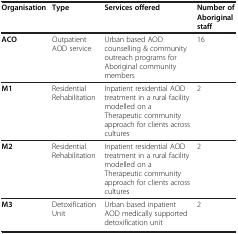
<table><thead><tr><td><b>Organisation</b></td><td><b>Type</b></td><td><b>Services offered</b></td><td><b>Number of Aboriginal staff</b></td></tr></thead><tbody><tr><td><b>ACO</b></td><td>Outpatient AOD service</td><td>Urban based AOD counselling &amp; community outreach programs for Aboriginal community members</td><td>16</td></tr><tr><td><b>M1</b></td><td>Residential Rehabilitation</td><td>Inpatient residential AOD treatment in a rural facility modelled on a Therapeutic community approach for clients across cultures</td><td>2</td></tr><tr><td><b>M2</b></td><td>Residential Rehabilitation</td><td>Inpatient residential AOD treatment in a rural facility modelled on a Therapeutic community approach for clients across cultures</td><td>2</td></tr><tr><td><b>M3</b></td><td>Detoxification Unit</td><td>Urban based inpatient AOD medically supported detoxification unit</td><td>2</td></tr></tbody></table>